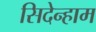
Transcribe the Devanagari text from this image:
सिदेन्हाम